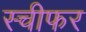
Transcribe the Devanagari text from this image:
स्चीफर